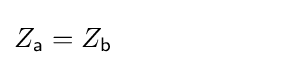
Z_{\mathsf {a}}=Z_{\mathsf {b}}\qquad \qquad \qquad \;